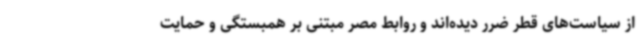
از سیاست‌های قطر ضرر دیده‌اند و روابط مصر مبتنی بر همبستگی و حمایت